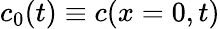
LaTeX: c_{0}(t)\equiv c(x=0,t)